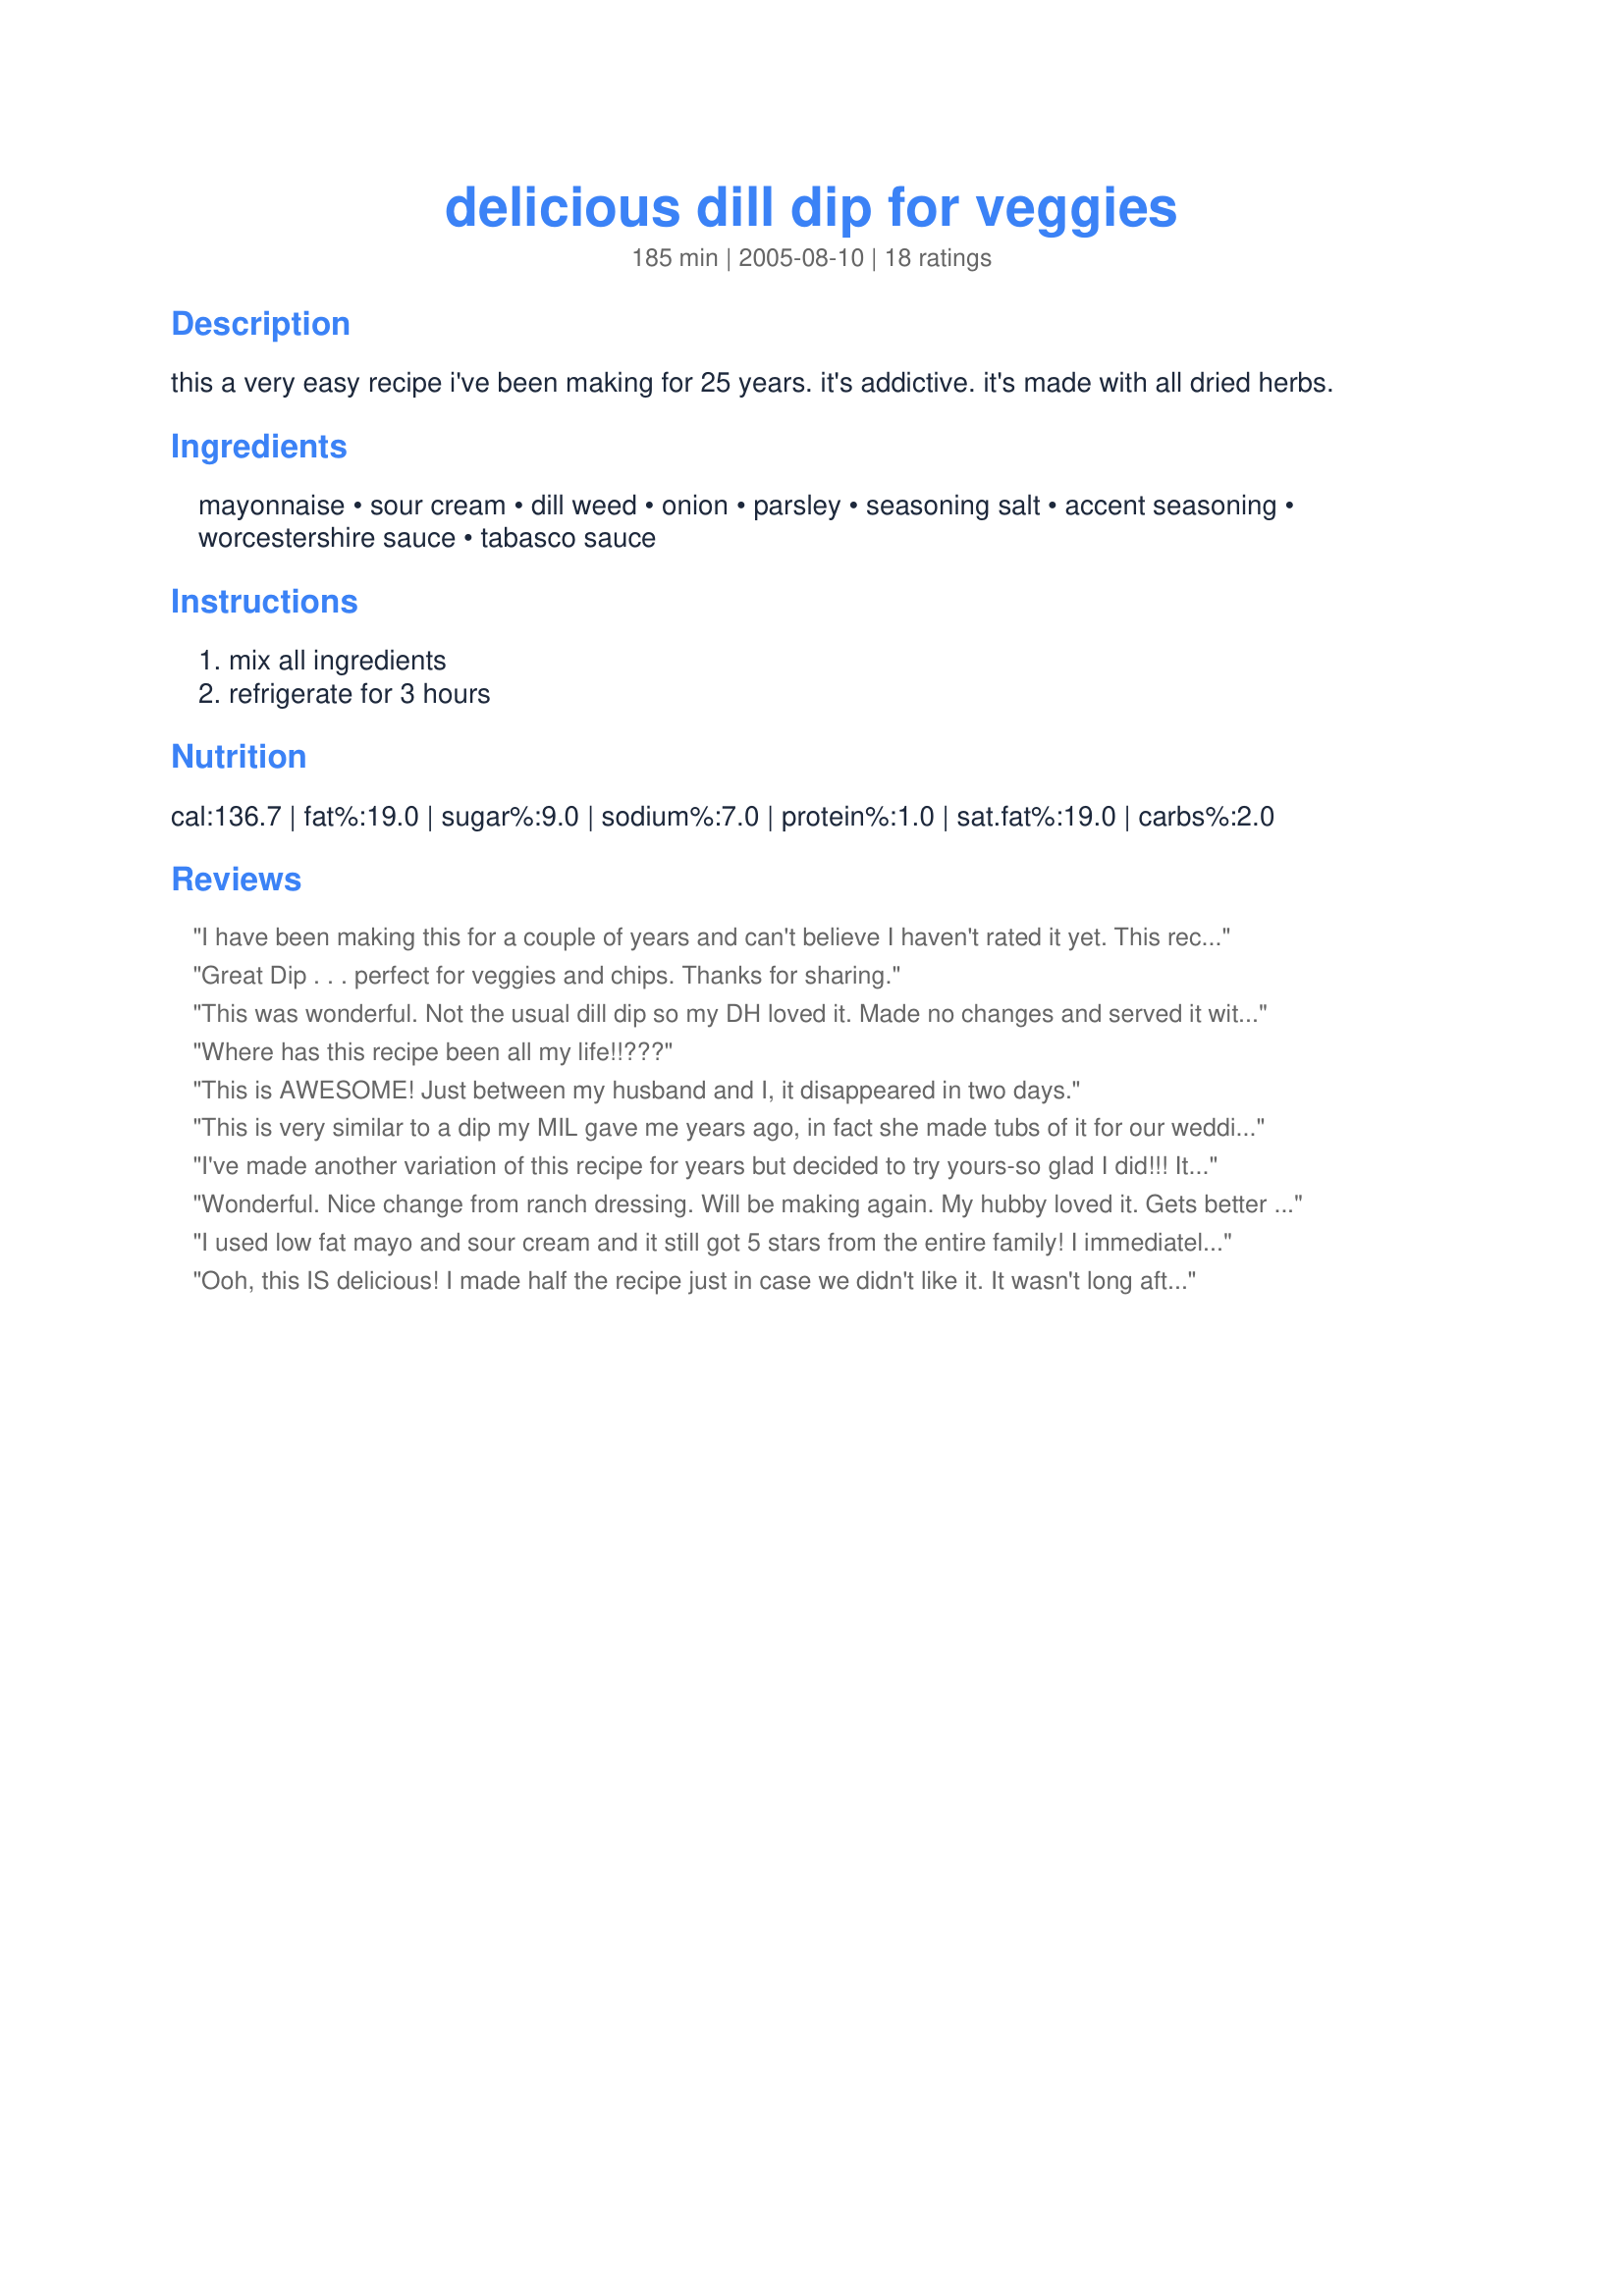
delicious dill dip for veggies
Preparation time: 185 minutes

this a very easy recipe i've been making for 25 years. it's addictive. it's made with all dried herbs.

Ingredients:
mayonnaise, sour cream, dill weed, onion, parsley, seasoning salt, accent seasoning, worcestershire sauce, tabasco sauce

Steps:
mix all ingredients, refrigerate for 3 hours

Reviews:
I have been making this for a couple of years and can't believe I haven't rated it yet. This recipe is one of the easiest I've made. The ingredients are what I usually have on hand and it goes together real fast. I do however use chopped green onion instead of the minced onion, and I double the dried dill because I think it needs more. Other than that, this is the veggie dip I ALWAYS go to.
Great Dip . . . perfect for veggies and chips. Thanks for sharing.
This was wonderful. Not the usual dill dip so my DH loved it. Made no changes and served it with veggies and chips.
Where has this recipe been all my life!!???
This is AWESOME! Just between my husband and I, it disappeared in two days.
This is very similar to a dip my MIL gave me years ago, in fact she made tubs of it for our wedding. Good stuff and made with all sorts of stuff that you already have in hand. Yum.
I've made another variation of this recipe for years but decided to try yours-so glad I did!!! It was absolutely delicious!!! I've always eaten dill dip on Breton Original Crackers (sold at most grocery stores) and for some reason this dip is perfect for these crackers. I will use your recipe from now on! Thanks for sharing this!
Wonderful. Nice change from ranch dressing. Will be making again. My hubby loved it. Gets better with time. I made mine 8 hrs in advance.
I used low fat mayo and sour cream and it still got 5 stars from the entire family! I immediately added this to my cookbook. No need for all those other dill dip recipes. This is my go to dip from now on.
Ooh, this IS delicious! I made half the recipe just in case we didn't like it. It wasn't long after the first taste that I knew I'd be making the whole batch soon. It's so creamy and full of flavor! I used lite Hellman's and light sour cream. I had no tobasco, so I added a dash of hot sauce. Just great! Thanks Deely.
Five stars and more for this wonderful dill dip! the only change I made was I added some fresh minced garlic into it, and doubled the recipe but kept the dill at 1 teaspoon, as I will be taking this wonderful dip over to friends tonight. Thanks for a fabulous recipe, and one that I will make again!...Kittencal:)
I have made dill dip this way for WELL over 30 yearas. Infact as a young girl I had it at a friends asked for the recipe and brought a new tradition into our family. You cannot have a holiday without this. Thanks for sharing THE perfect dill dip recipe.
I made this dip last night and it really was delicious. I picked this recipe because I had all the ingredients on hand. Thanks for posting. I think next time I will serve it with some rye bread, yum!!
Really good. When I make it again, I think I'll use a little less mayo. Thanks for posting the recipe.
Deely....this stuff was awesome! Thank you for making some for our visit.
I'm going to whip up a batch tomorrow!!
Oh my. This truly was delicious. The combination of herbs was right on in my opinion. This is not only a good veggie dip but is also good with chips. Thanks Deely for a great one.
My hubby really liked this, and called it "killer". I discovered it was wonderful with fish sticks instead of tartar sauce!!
Yum! I halved this to see if we would like it. I love it and it hasn't even had time to blend properly yet. Tomorrow it will be amazing I am sure and I was thrilled to have had everything on hand.
